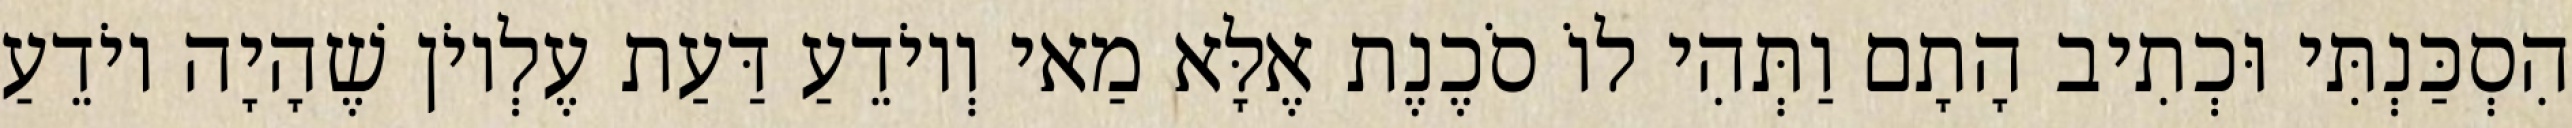
הִסְכַּנְתִּי וּכְתִיב הָתָם וַתְּהִי לוֹ סֹכֶנֶת אֶלָּא מַאי וְיוֹדֵעַ דַּעַת עֶלְיוֹן שֶׁהָיָה יוֹדֵעַ